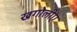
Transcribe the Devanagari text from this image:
खगोलीए